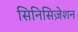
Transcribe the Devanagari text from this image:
सिनिसिज़ेशन